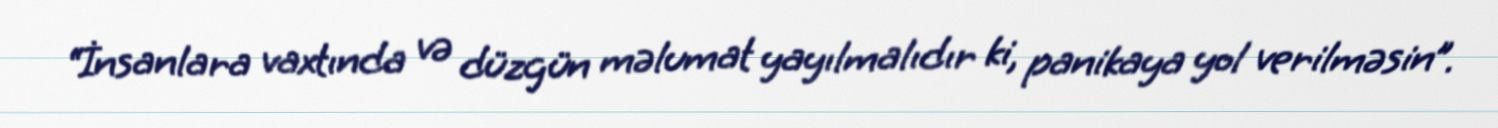
“İnsanlara vaxtında və düzgün məlumat yayılmalıdır ki, panikaya yol verilməsin”.